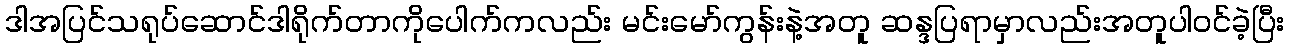
ဒါအပြင်သရုပ်ဆောင်ဒါရိုက်တာကိုပေါက်ကလည်း မင်းမော်ကွန်းနဲ့အတူ ဆန္ဒပြရာမှာလည်းအတူပါဝင်ခဲ့ပြီး